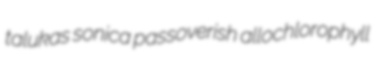
talukas sonica passoverish allochlorophyll